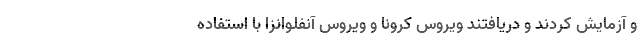
و آزمایش کردند و دریافتند ویروس کرونا و ویروس آنفلوانزا با استفاده